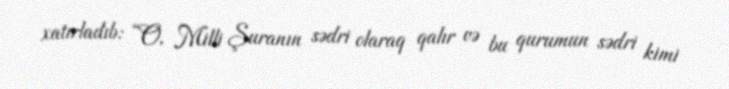
xatırladıb: “O, Milli Şuranın sədri olaraq qalır və bu qurumun sədri kimi